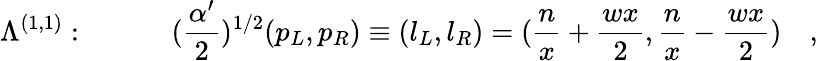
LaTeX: \Lambda^{(1,1)}:\quad\quad\quad({\frac{\alpha^{\prime}}{2}})^{1/2}(p_{L},p_{R})\equiv(l_{L},l_{R})=({\frac{n}{x}}+{\frac{wx}{2}},{\frac{n}{x}}-{\frac{wx}{2}})\quad,